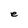
Character: e